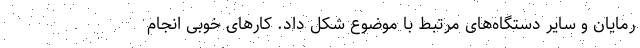
رمایان و سایر دستگاه‌های مرتبط با موضوع شکل داد. کارهای خوبی انجام